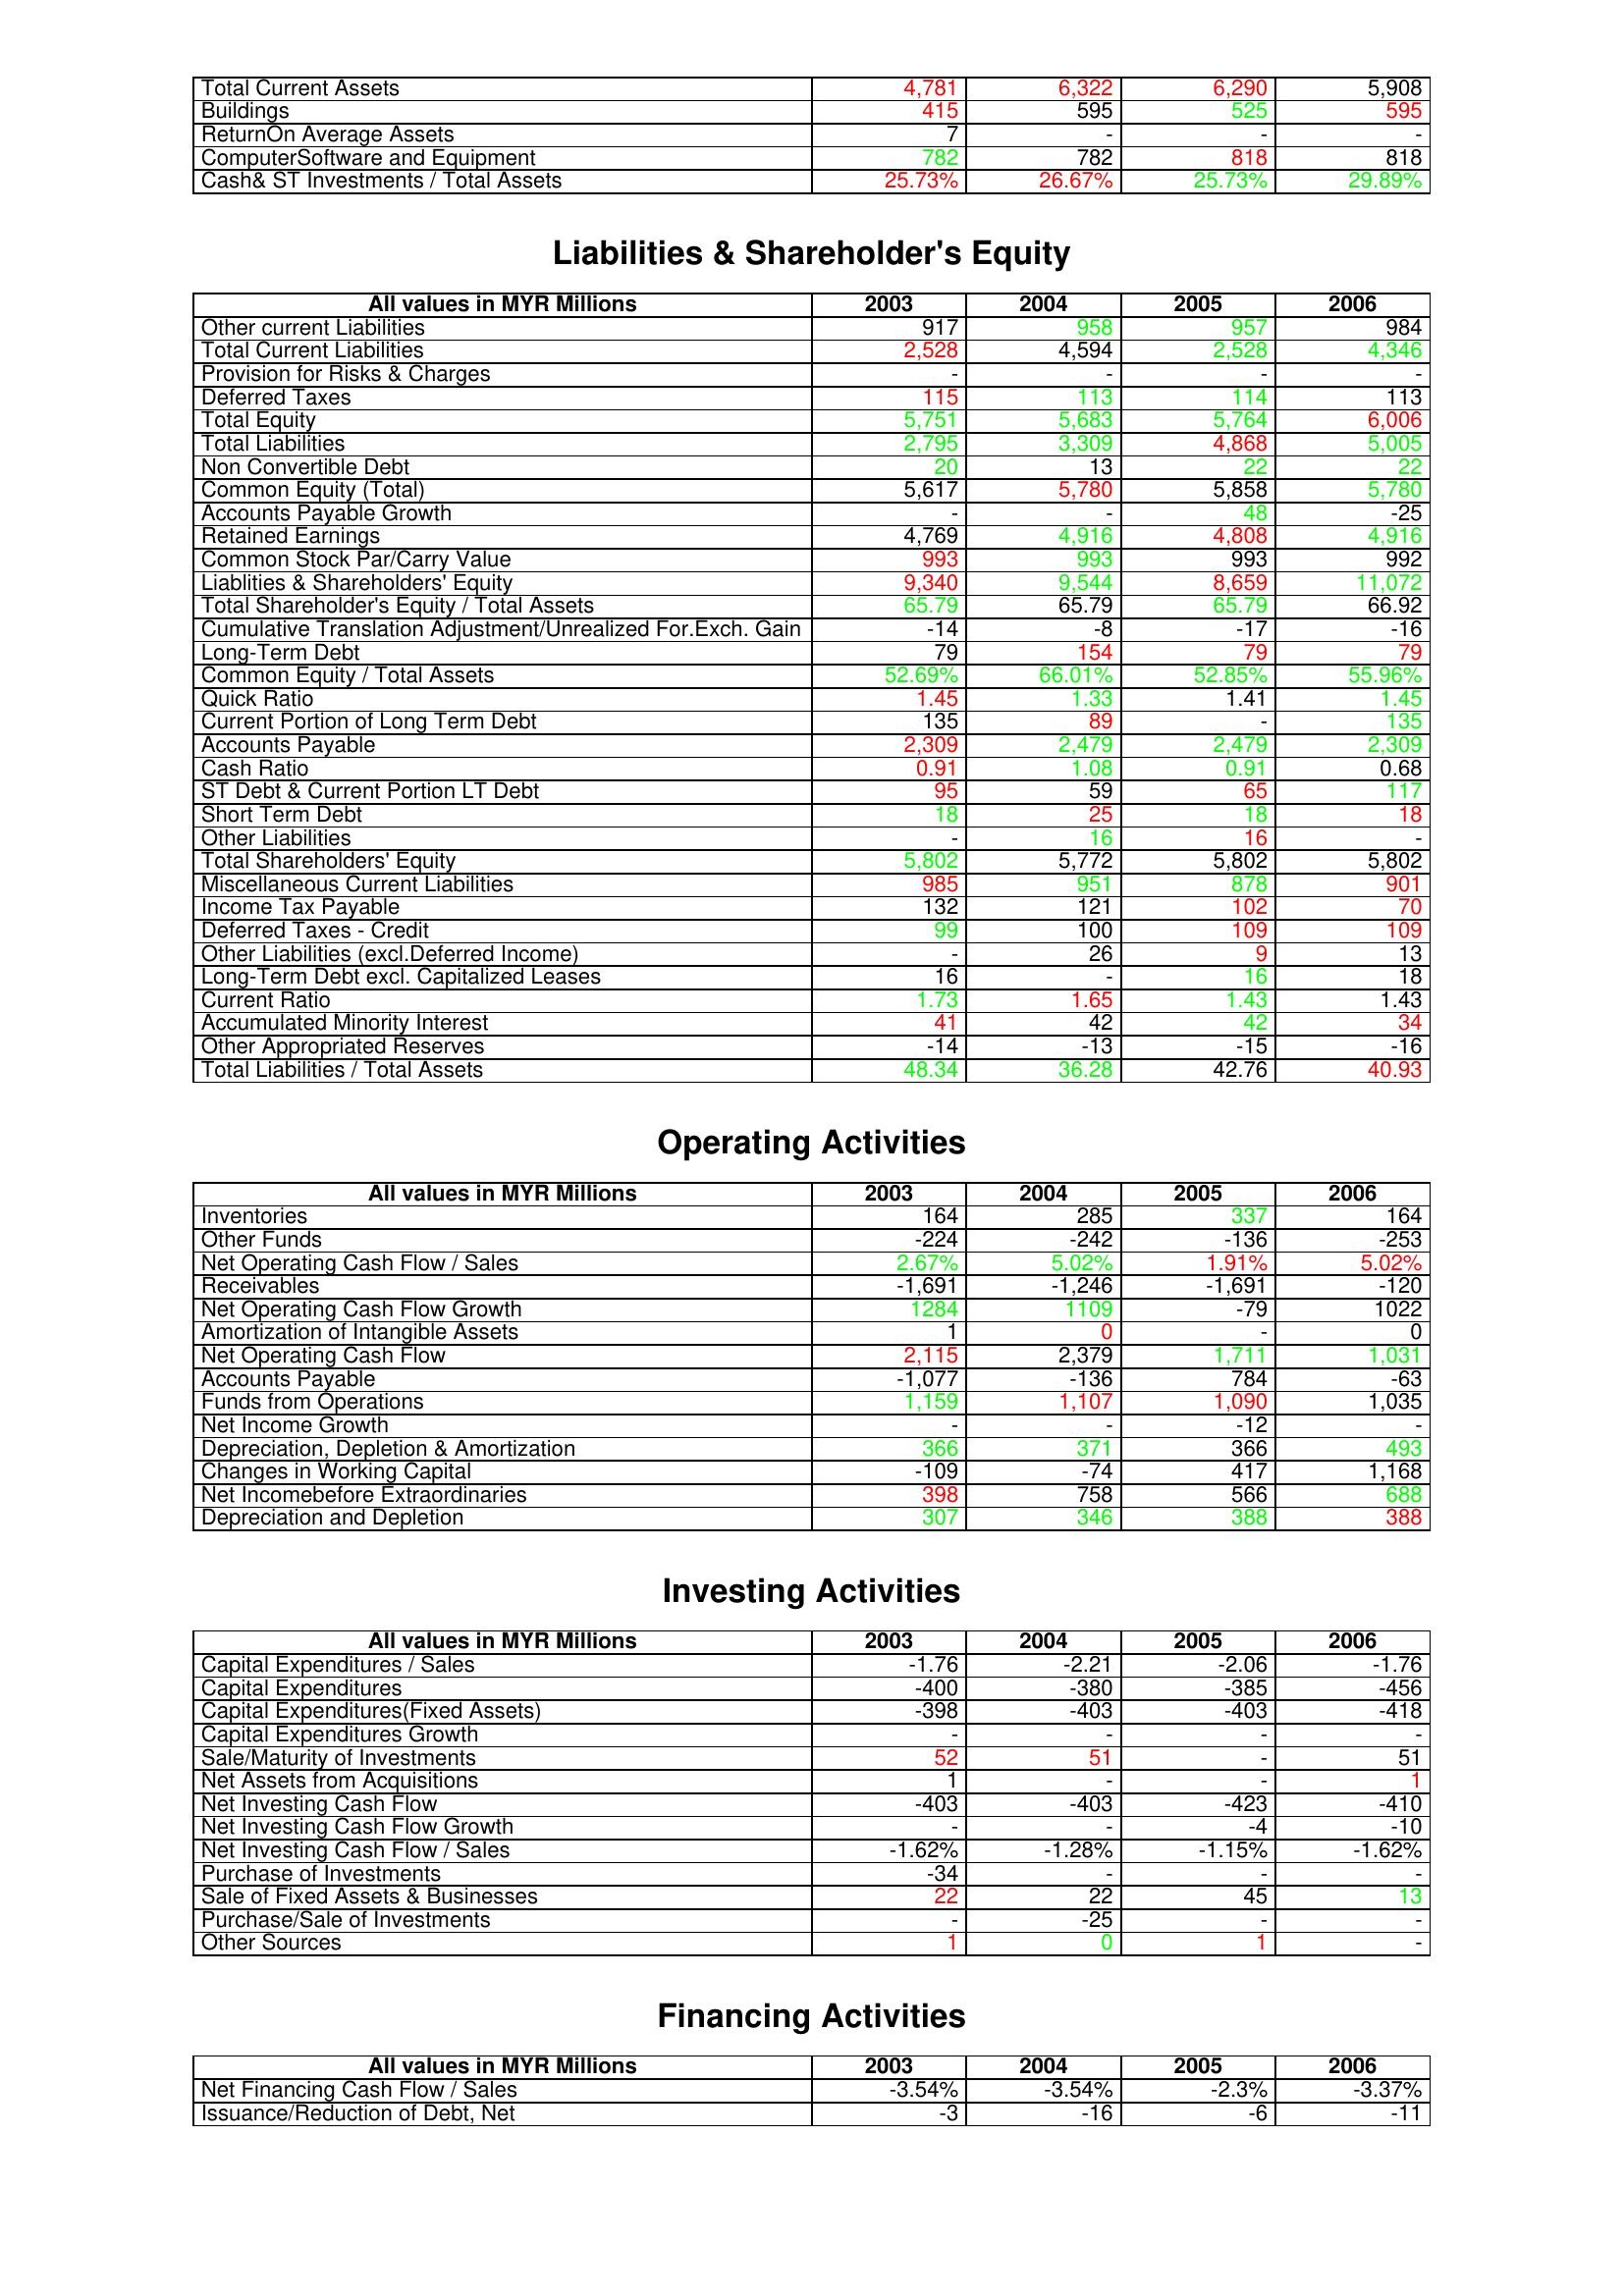
gt_parse: 2003: Assets: Total Current Assets: 4,781
Buildings: 415
ReturnOn Average Assets: 7
ComputerSoftware and Equipment: 782
Cash& ST Investments / Total Assets: 25.73%
Liabilities & Shareholder's Equity: Other current Liabilities: 917
Total Current Liabilities: 2,528
Provision for Risks & Charges: -
Deferred Taxes: 115
Total Equity: 5,751
Total Liabilities: 2,795
Non Convertible Debt: 20
Common Equity (Total): 5,617
Accounts Payable Growth: -
Retained Earnings: 4,769
Common Stock Par/Carry Value: 993
Liablities & Shareholders' Equity: 9,340
Total Shareholder's Equity / Total Assets: 65.79
Cumulative Translation Adjustment/Unrealized For.Exch. Gain: -14
Long-Term Debt: 79
Common Equity / Total Assets: 52.69%
Quick Ratio: 1.45
Current Portion of Long Term Debt: 135
Accounts Payable: 2,309
Cash Ratio: 0.91
ST Debt & Current Portion LT Debt: 95
Short Term Debt: 18
Other Liabilities: -
Total Shareholders' Equity: 5,802
Miscellaneous Current Liabilities: 985
Income Tax Payable: 132
Deferred Taxes - Credit: 99
Other Liabilities (excl.Deferred Income): -
Long-Term Debt excl. Capitalized Leases: 16
Current Ratio: 1.73
Accumulated Minority Interest: 41
Other Appropriated Reserves: -14
Total Liabilities / Total Assets: 48.34
Operating Activities: Inventories: 164
Other Funds: -224
Net Operating Cash Flow / Sales: 2.67%
Receivables: -1,691
Net Operating Cash Flow Growth: 1284
Amortization of Intangible Assets: 1
Net Operating Cash Flow: 2,115
Accounts Payable: -1,077
Funds from Operations: 1,159
Net Income Growth: -
Depreciation, Depletion & Amortization: 366
Changes in Working Capital: -109
Net Incomebefore Extraordinaries: 398
Depreciation and Depletion: 307
Investing Activities: Capital Expenditures / Sales: -1.76
Capital Expenditures: -400
Capital Expenditures(Fixed Assets): -398
Capital Expenditures Growth: -
Sale/Maturity of Investments: 52
Net Assets from Acquisitions: 1
Net Investing Cash Flow: -403
Net Investing Cash Flow Growth: -
Net Investing Cash Flow / Sales: -1.62%
Purchase of Investments: -34
Sale of Fixed Assets & Businesses: 22
Purchase/Sale of Investments: -
Other Sources: 1
Financing Activities: Net Financing Cash Flow / Sales: -3.54%
Issuance/Reduction of Debt, Net: -3
2004: Assets: Total Current Assets: 6,322
Buildings: 595
ReturnOn Average Assets: -
ComputerSoftware and Equipment: 782
Cash& ST Investments / Total Assets: 26.67%
Liabilities & Shareholder's Equity: Other current Liabilities: 958
Total Current Liabilities: 4,594
Provision for Risks & Charges: -
Deferred Taxes: 113
Total Equity: 5,683
Total Liabilities: 3,309
Non Convertible Debt: 13
Common Equity (Total): 5,780
Accounts Payable Growth: -
Retained Earnings: 4,916
Common Stock Par/Carry Value: 993
Liablities & Shareholders' Equity: 9,544
Total Shareholder's Equity / Total Assets: 65.79
Cumulative Translation Adjustment/Unrealized For.Exch. Gain: -8
Long-Term Debt: 154
Common Equity / Total Assets: 66.01%
Quick Ratio: 1.33
Current Portion of Long Term Debt: 89
Accounts Payable: 2,479
Cash Ratio: 1.08
ST Debt & Current Portion LT Debt: 59
Short Term Debt: 25
Other Liabilities: 16
Total Shareholders' Equity: 5,772
Miscellaneous Current Liabilities: 951
Income Tax Payable: 121
Deferred Taxes - Credit: 100
Other Liabilities (excl.Deferred Income): 26
Long-Term Debt excl. Capitalized Leases: -
Current Ratio: 1.65
Accumulated Minority Interest: 42
Other Appropriated Reserves: -13
Total Liabilities / Total Assets: 36.28
Operating Activities: Inventories: 285
Other Funds: -242
Net Operating Cash Flow / Sales: 5.02%
Receivables: -1,246
Net Operating Cash Flow Growth: 1109
Amortization of Intangible Assets: 0
Net Operating Cash Flow: 2,379
Accounts Payable: -136
Funds from Operations: 1,107
Net Income Growth: -
Depreciation, Depletion & Amortization: 371
Changes in Working Capital: -74
Net Incomebefore Extraordinaries: 758
Depreciation and Depletion: 346
Investing Activities: Capital Expenditures / Sales: -2.21
Capital Expenditures: -380
Capital Expenditures(Fixed Assets): -403
Capital Expenditures Growth: -
Sale/Maturity of Investments: 51
Net Assets from Acquisitions: -
Net Investing Cash Flow: -403
Net Investing Cash Flow Growth: -
Net Investing Cash Flow / Sales: -1.28%
Purchase of Investments: -
Sale of Fixed Assets & Businesses: 22
Purchase/Sale of Investments: -25
Other Sources: 0
Financing Activities: Net Financing Cash Flow / Sales: -3.54%
Issuance/Reduction of Debt, Net: -16
2005: Assets: Total Current Assets: 6,290
Buildings: 525
ReturnOn Average Assets: -
ComputerSoftware and Equipment: 818
Cash& ST Investments / Total Assets: 25.73%
Liabilities & Shareholder's Equity: Other current Liabilities: 957
Total Current Liabilities: 2,528
Provision for Risks & Charges: -
Deferred Taxes: 114
Total Equity: 5,764
Total Liabilities: 4,868
Non Convertible Debt: 22
Common Equity (Total): 5,858
Accounts Payable Growth: 48
Retained Earnings: 4,808
Common Stock Par/Carry Value: 993
Liablities & Shareholders' Equity: 8,659
Total Shareholder's Equity / Total Assets: 65.79
Cumulative Translation Adjustment/Unrealized For.Exch. Gain: -17
Long-Term Debt: 79
Common Equity / Total Assets: 52.85%
Quick Ratio: 1.41
Current Portion of Long Term Debt: -
Accounts Payable: 2,479
Cash Ratio: 0.91
ST Debt & Current Portion LT Debt: 65
Short Term Debt: 18
Other Liabilities: 16
Total Shareholders' Equity: 5,802
Miscellaneous Current Liabilities: 878
Income Tax Payable: 102
Deferred Taxes - Credit: 109
Other Liabilities (excl.Deferred Income): 9
Long-Term Debt excl. Capitalized Leases: 16
Current Ratio: 1.43
Accumulated Minority Interest: 42
Other Appropriated Reserves: -15
Total Liabilities / Total Assets: 42.76
Operating Activities: Inventories: 337
Other Funds: -136
Net Operating Cash Flow / Sales: 1.91%
Receivables: -1,691
Net Operating Cash Flow Growth: -79
Amortization of Intangible Assets: -
Net Operating Cash Flow: 1,711
Accounts Payable: 784
Funds from Operations: 1,090
Net Income Growth: -12
Depreciation, Depletion & Amortization: 366
Changes in Working Capital: 417
Net Incomebefore Extraordinaries: 566
Depreciation and Depletion: 388
Investing Activities: Capital Expenditures / Sales: -2.06
Capital Expenditures: -385
Capital Expenditures(Fixed Assets): -403
Capital Expenditures Growth: -
Sale/Maturity of Investments: -
Net Assets from Acquisitions: -
Net Investing Cash Flow: -423
Net Investing Cash Flow Growth: -4
Net Investing Cash Flow / Sales: -1.15%
Purchase of Investments: -
Sale of Fixed Assets & Businesses: 45
Purchase/Sale of Investments: -
Other Sources: 1
Financing Activities: Net Financing Cash Flow / Sales: -2.3%
Issuance/Reduction of Debt, Net: -6
2006: Assets: Total Current Assets: 5,908
Buildings: 595
ReturnOn Average Assets: -
ComputerSoftware and Equipment: 818
Cash& ST Investments / Total Assets: 29.89%
Liabilities & Shareholder's Equity: Other current Liabilities: 984
Total Current Liabilities: 4,346
Provision for Risks & Charges: -
Deferred Taxes: 113
Total Equity: 6,006
Total Liabilities: 5,005
Non Convertible Debt: 22
Common Equity (Total): 5,780
Accounts Payable Growth: -25
Retained Earnings: 4,916
Common Stock Par/Carry Value: 992
Liablities & Shareholders' Equity: 11,072
Total Shareholder's Equity / Total Assets: 66.92
Cumulative Translation Adjustment/Unrealized For.Exch. Gain: -16
Long-Term Debt: 79
Common Equity / Total Assets: 55.96%
Quick Ratio: 1.45
Current Portion of Long Term Debt: 135
Accounts Payable: 2,309
Cash Ratio: 0.68
ST Debt & Current Portion LT Debt: 117
Short Term Debt: 18
Other Liabilities: -
Total Shareholders' Equity: 5,802
Miscellaneous Current Liabilities: 901
Income Tax Payable: 70
Deferred Taxes - Credit: 109
Other Liabilities (excl.Deferred Income): 13
Long-Term Debt excl. Capitalized Leases: 18
Current Ratio: 1.43
Accumulated Minority Interest: 34
Other Appropriated Reserves: -16
Total Liabilities / Total Assets: 40.93
Operating Activities: Inventories: 164
Other Funds: -253
Net Operating Cash Flow / Sales: 5.02%
Receivables: -120
Net Operating Cash Flow Growth: 1022
Amortization of Intangible Assets: 0
Net Operating Cash Flow: 1,031
Accounts Payable: -63
Funds from Operations: 1,035
Net Income Growth: -
Depreciation, Depletion & Amortization: 493
Changes in Working Capital: 1,168
Net Incomebefore Extraordinaries: 688
Depreciation and Depletion: 388
Investing Activities: Capital Expenditures / Sales: -1.76
Capital Expenditures: -456
Capital Expenditures(Fixed Assets): -418
Capital Expenditures Growth: -
Sale/Maturity of Investments: 51
Net Assets from Acquisitions: 1
Net Investing Cash Flow: -410
Net Investing Cash Flow Growth: -10
Net Investing Cash Flow / Sales: -1.62%
Purchase of Investments: -
Sale of Fixed Assets & Businesses: 13
Purchase/Sale of Investments: -
Other Sources: -
Financing Activities: Net Financing Cash Flow / Sales: -3.37%
Issuance/Reduction of Debt, Net: -11